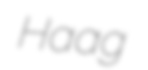
Haag